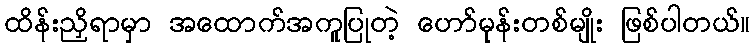
ထိန်းညှိရာမှာ အထောက်အကူပြုတဲ့ ဟော်မုန်းတစ်မျိုး ဖြစ်ပါတယ်။